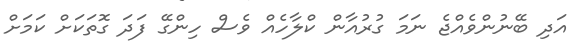
އަދި ބޭނުންވެއްޖެ ނަމަ ގުރުއާން ކްލާހެއް ވެސް ހިންގޭ ފަދަ ގޮތަކަށް ކަމަށް